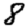
Digit: 8